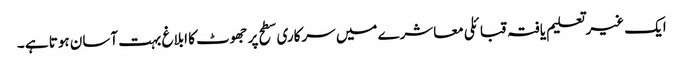
ایک غیر تعلیم یافتہ قبائلی معاشرے میں سرکاری سطح پر جھوٹ کا ابلاغ بہت آسان ہوتا ہے ۔